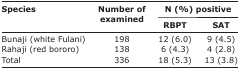
<table><thead><tr><td rowspan="3"><b>Species</b></td><td rowspan="3"><b>Number of examined</b></td><td colspan="2"><b>N (%) positive</b></td></tr><tr><td><b>RBPT</b></td><td><b>SAT</b></td></tr></thead><tbody><tr><td>Bunaji (white Fulani)</td><td>198</td><td>12 (6.0)</td><td>9 (4.5)</td></tr><tr><td>Rahaji (red bororo)</td><td>138</td><td>6 (4.3)</td><td>4 (2.8)</td></tr><tr><td>Total</td><td>336</td><td>18 (5.3)</td><td>13 (3.8)</td></tr></tbody></table>